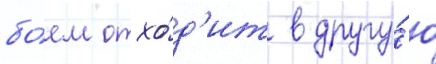
бо́ем отхо́д'ит в другу́ю